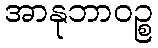
အာနုဘာဝဉ္စ